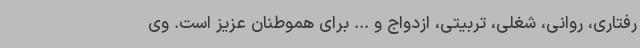
رفتاری، روانی، شغلی، تربیتی، ازدواج و ... برای هموطنان عزیز است. وی